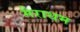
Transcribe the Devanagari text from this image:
मैराथम